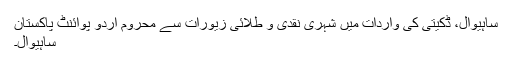
ساہیوال، ڈکیتی کی واردات میں شہری نقدی و طلائی زیورات سے محروم اُردو پوائنٹ پاکستان
ساہیوال۔